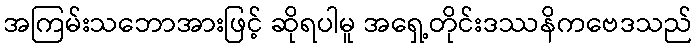
အကြမ်းသဘောအားဖြင့် ဆိုရပါမူ အရှေ့တိုင်းဒဿနိကဗေဒသည်